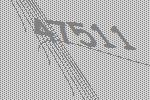
47511